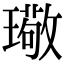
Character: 璥